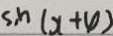
\sin ( x + 4 )